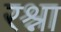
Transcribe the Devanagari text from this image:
रश्ना